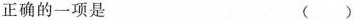
正确的一项是 ()